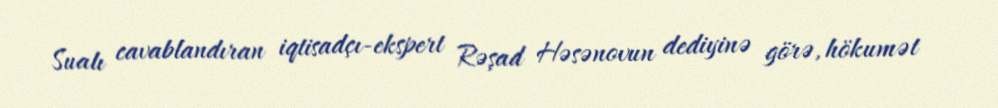
Sualı cavablandıran iqtisadçı-ekspert Rəşad Həsənovun dediyinə görə, hökumət